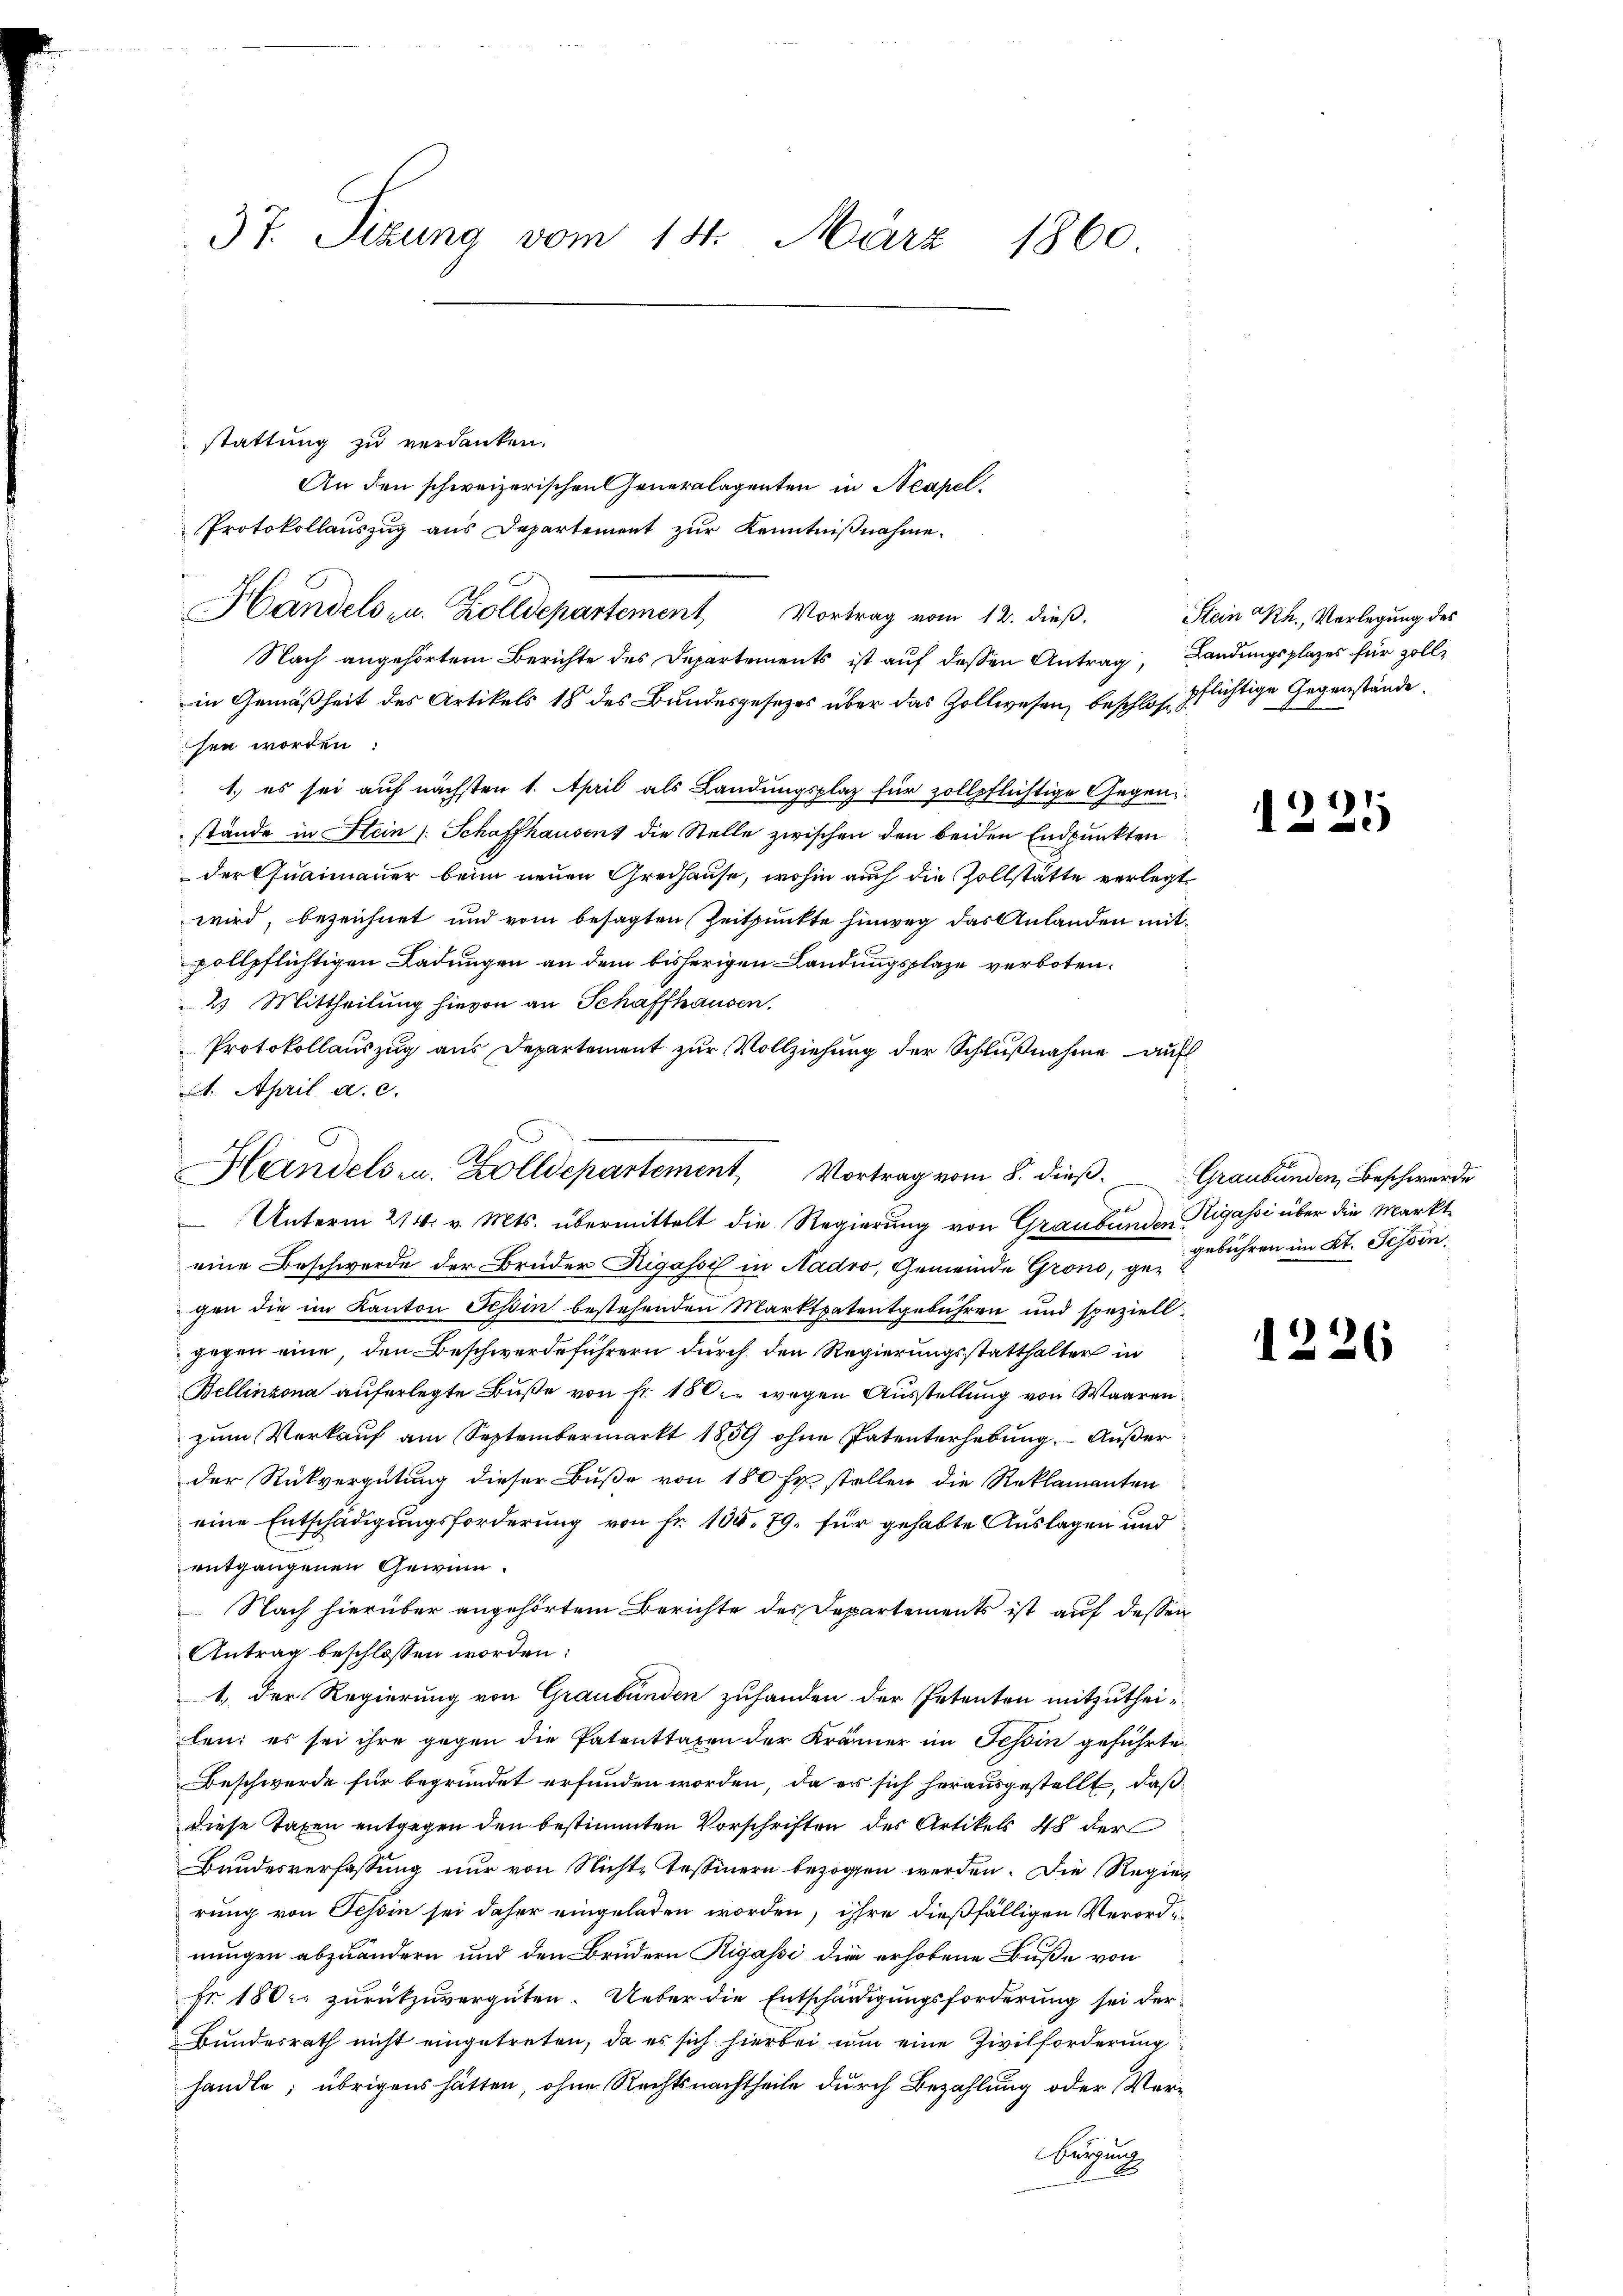
37. Sizung vom 18. März 1860

stattung zu verdanken.
An den schweizerischen Generalagenten in Neapel.
Protokollauszug aus Departement zur Kenntnißnahme.
Handels zu. Zolldepartement Vortrag vom 12. dieß.
Nach angehörtem Berichte des Departements ist auf dessen Antrag, Landungsplazes für Zollin Gemäßheit des Artikels 18 des Bundesgesezes über das Zollwesen, beschlos pflichtige Gegenstände
sen worden:
1. es sei auf nächsten 1. April als Landungsplatz für zollpflichtige Gegenstände in Hein /: Schaffhausen, die Stelle zwischen den beiden Endpunkten
der Quaimauer beim neuen Gredhause, wohin auch die Zollstätte verlegt
wird, bezeichnet und vom besagten Zeitpunkte hinweg das Anlanden mit
pollpflichtigen Ladungen an dem bisherigen Landungsplaze verboten.
2 Mittheilung hievon an Schaffhausen.
Protokollauszug aus Departement zur Vollziehung der Schlußnahme auf
A. April a. c.
Unterm 21. v. Mts. übermittelt die Regierung von Graubünden Rigassi über die Markteine Beschwerde der Brüder Rigassif in Nadro, Gemeinde Grono, gegen die im Kanton Tessin bestehenden Marktpatentgebühren und speziell
gegen eine, den Beschwerdeführern durch den Regierungsstatthalter in
Bellinzona auferlegte Buße von Fr. 180. wegen Ausstellung von Waaren
zum Verkauf am Septembermarkt 1859 ohne Patenterhebung. - Außer
der Rückvergütung dieser Buße von 180 fr. stellen die Reklamanten
eine Entschädigungsforderung von Fr. 105, 79, für gehabte Auslagen und
entgangenen Gewinn.
 Nach hierüber angehörtem Berichte des Departements ist auf dessen
Antrag beschlossen worden:
1) der Regierung von Graubünden zuhanden der Petenten mitzutheilen; es sei ihre gegen die Patenttaxen der Krämer im Tessin geführte
Beschwerde für begründet erfunden worden, da es sich herausgestellt, daß
diese Taxen entgegen den bestimmten Vorschriften des Artikels 48 der
Bundesverfassung nur von Nichte Tessinern bezogen werden. Die Regier
rung von Tessin sei daher eingeladen worden, ihre dießfälligen Verordnungen abzuändern und den Brudern Rigassi die erhobene Buße von
Fr. 180 zurückzuvergüten. Ueber die Entschädigungsforderung sei der
Bundesrath nicht eingetreten, da es sich hierbei um eine Zivilforderung
handle; übrigens hätten, ohne Rechtsnachtheile durch Bezahlung oder Ver¬
Bergang

Handels u. Zolldepartement, Vortrag vom 8. dieß. Graubünden, Beschwerde

Stein Rh., Verlegung des

1225

gebühren im Kt. Tessin:

1226